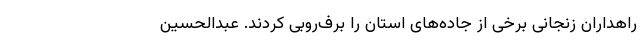
راهداران زنجانی برخی از جاده‌های استان را برف‌روبی کردند. عبدالحسین